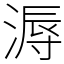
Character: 溽